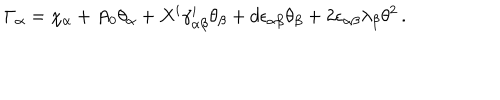
\Gamma _ { \alpha } = \chi _ { \alpha } + A _ { 0 } \theta _ { \alpha } + X ^ { i } \gamma _ { \alpha \beta } ^ { i } \theta _ { \beta } + d \epsilon _ { \alpha \beta } \theta _ { \beta } + 2 \epsilon _ { \alpha \beta } \lambda _ { \beta } \theta ^ { 2 } \, .